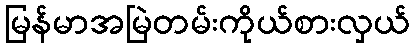
မြန်မာအမြဲတမ်းကိုယ်စားလှယ်